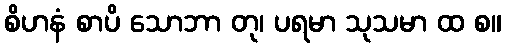
စိဟနံ စာပိ သောဘာ တု၊ ပရမာ သုသမာ ထ စ။